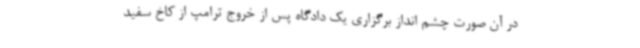
در آن صورت چشم انداز برگزاری یک دادگاه پس از خروج ترامپ از کاخ سفید